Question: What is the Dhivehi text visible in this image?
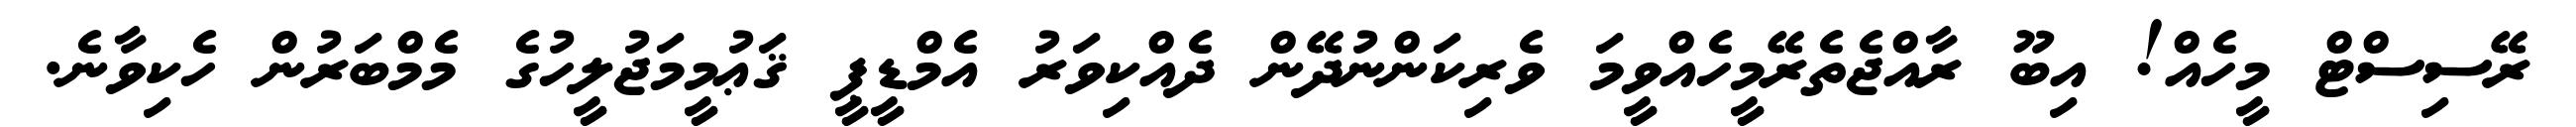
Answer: ރޭސިސްޓް މީހެއް! އިބޫ ރާއްޖެތެރޭމީހެއްވީމަ ވެރިކަންނުދޭން ދެއްކިވަރު އެމްޑީޕީ ޤަޢުމީމަޖުލީހުގެ މެމްބަރުން ހެކިވާނެ.